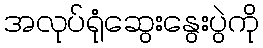
အလုပ်ရုံဆွေးနွေးပွဲကို